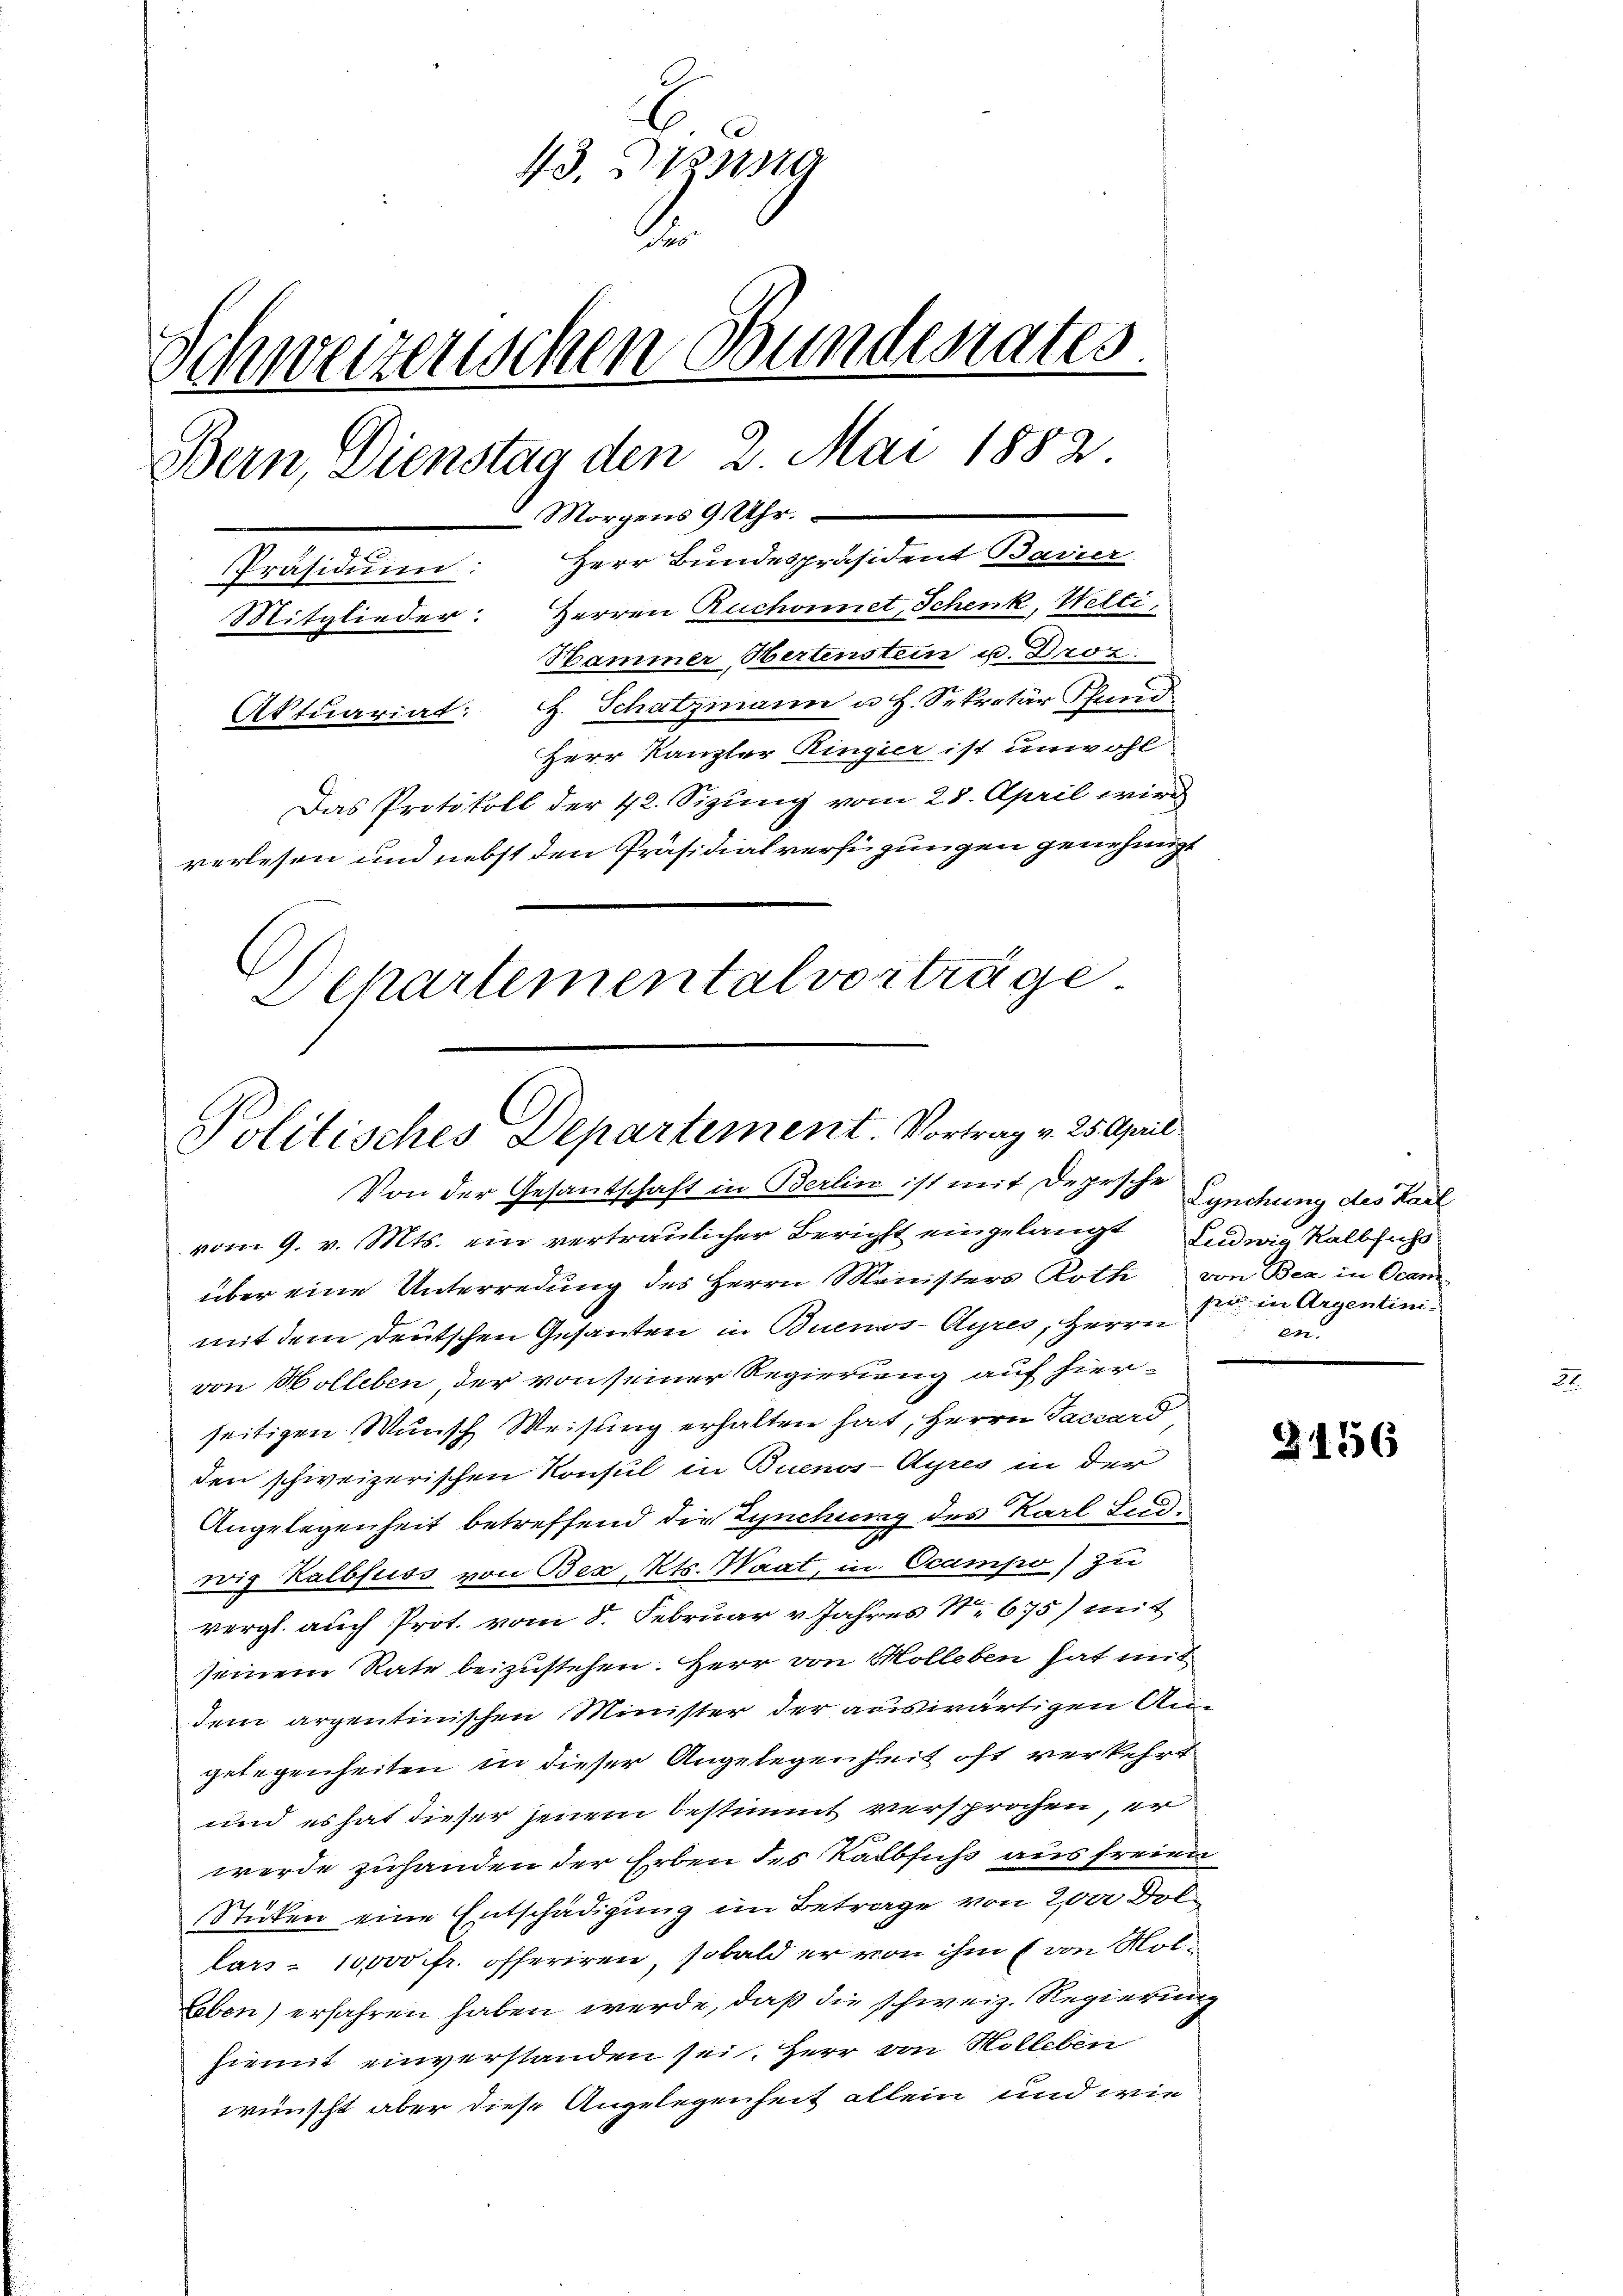
43. Denna
de
Schweizerischen Bunderates.
Bern, Dienstag den 2 Mai 1882.
Morgens 9 Uhr.
Präsidium: Herr Bundespräsident Bavier
Mitglieder: Herren Ruchonnet, Schenk, Welti,
Hammer Hertenstein u. Droz.
Aktuariat. H. Schatzmann u. H. Sekretär Pfund
Herr Kanzler Ringier ist unwohl
Das Protokoll der 42. Sizung vom 28. April wird
verlesen und nebst den Präsidialverfügungen genehmigt
Departementalverträge

Politisches Departement. Vortrag v. 25. April
Von der Gesandschaft in Berlin ist mit Depesche Synchung des Karl

vom 9. v. Mts. ein vertraulicher Bericht eingelangt Ludwig Kalbsicht
über eine Unterredung des Herrn Ministers Roth von Bex in Ocan
mit dem deutschen Gesanten in Buenos-Ayres, Herrn
von Holleben der von seiner Regierung auf hierseitigen Wunsch Weisung erhalten hat, Herrn Faccard
den schweizerischen Konsul in Buenos-Ayres in der
Angelegenheit betreffend die Synchung des Karl Ludwig Kalbfuss von Bex Kts. Waat, in Ocampo) zu
vergl. auch Prot. vom 8. Februar v. Jahres No 675) mit
seinem Rate beizustehen. Herr von Kolleben hat mit
dem argentinischen Minister der auswärtigen Angelegenheiten in dieser Angelegenheit oft verkehrt
und es hat dieser jenem bestimmt versprochen, er
 f
werde zuhanden der Erben des Kalbfuss aus freien
Stücken eine Entschädigung im Betrage von 200 Dollars = 10,000 fr. offeriren, sobald er von ihm (von Mol¬
Leben) erfahren haben werde, daß die schweiz. Regierung
hiemit einverstanden sei. Herr von Holleben
wünscht aber diese Angelegenheit allein und wie

sie in Argentini-
en

3156